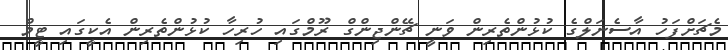
މެޗަށްފަހު އާސެނަލްގެ ކުޅުންތެރިން ވަނީ ޗޭންޖިންގް ރޫމްގައި ހުރިހާ ކުޅުންތެރިން އެކީގައި ޓީމް